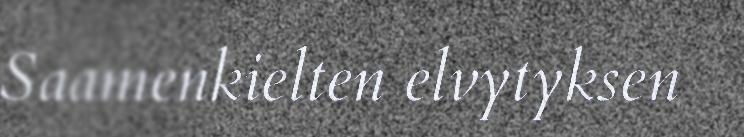
Saamenkielten elvytyksen